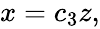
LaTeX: \begin{array}{r}{x=c_{3}z,}\end{array}